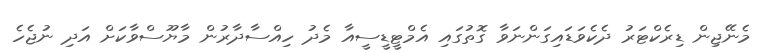
މެނޭޖިން ޑިރެކްޓަރު ދެކެވަޑައިގަންނަވާ ގޮތުގައި އެމްޓީޑީސީއާ މެދު ހިއްސާދާރުން މާޔޫސްވާކަށް އަދި ނުޖެހެ